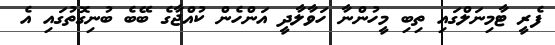
ފެރީ ޓާމިނަލްގައި ތިބި މީހުންނާ ހަވާލާދީ އަންހެން ކުއްޖާގެ ބޭބެ ބުނިގޮތުގައި އެ